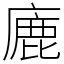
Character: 廘